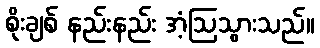
စိုးချစ် နည်းနည်း အံ့ဩသွားသည်။